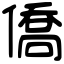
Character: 僑